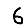
Digit: 6